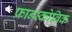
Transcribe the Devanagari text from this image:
फ्रान्स्कोविक